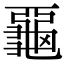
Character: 𪚦